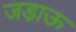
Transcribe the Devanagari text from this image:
जडा़ऊ